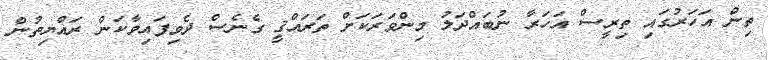
ތިން އަހަރުގައި ތިރީސް އަހަރާ ނުބައްދަލު މިންވަރަކަށް ތަރައްޤީ ގެނެސް ދެވިފައިވާކަން ރައްޔިތުން